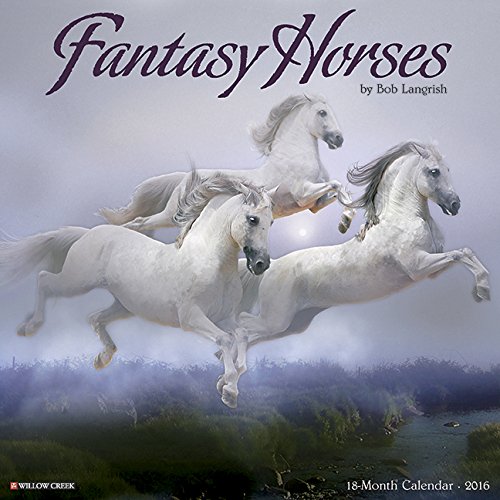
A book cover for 2016 Fantasy Horses Wall Calendar; Willow Creek Press; Calendars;